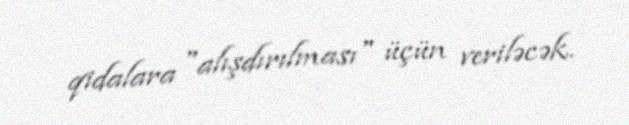
qidalara "alışdırılması" üçün veriləcək.